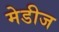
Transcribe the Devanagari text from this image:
मेडीज